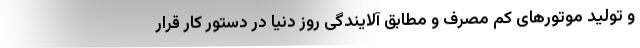
و تولید موتورهای کم مصرف و مطابق آلایندگی روز دنیا در دستور کار قرار